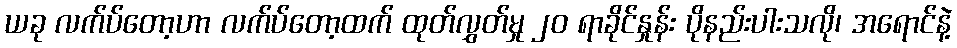
ယခု လက်ပ်တော့ဟာ လက်ပ်တော့ထက် ထုတ်လွှတ်မှု ၂၀ ရာခိုင်နှုန်း ပိုနည်းပါးသလို၊ အရောင်နဲ့